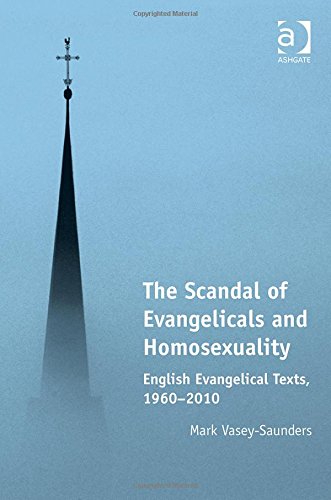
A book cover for The Scandal of Evangelicals and Homosexuality: English Evangelical Texts 1960-2010; Mark Vasey-saunders; Christian Books & Bibles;